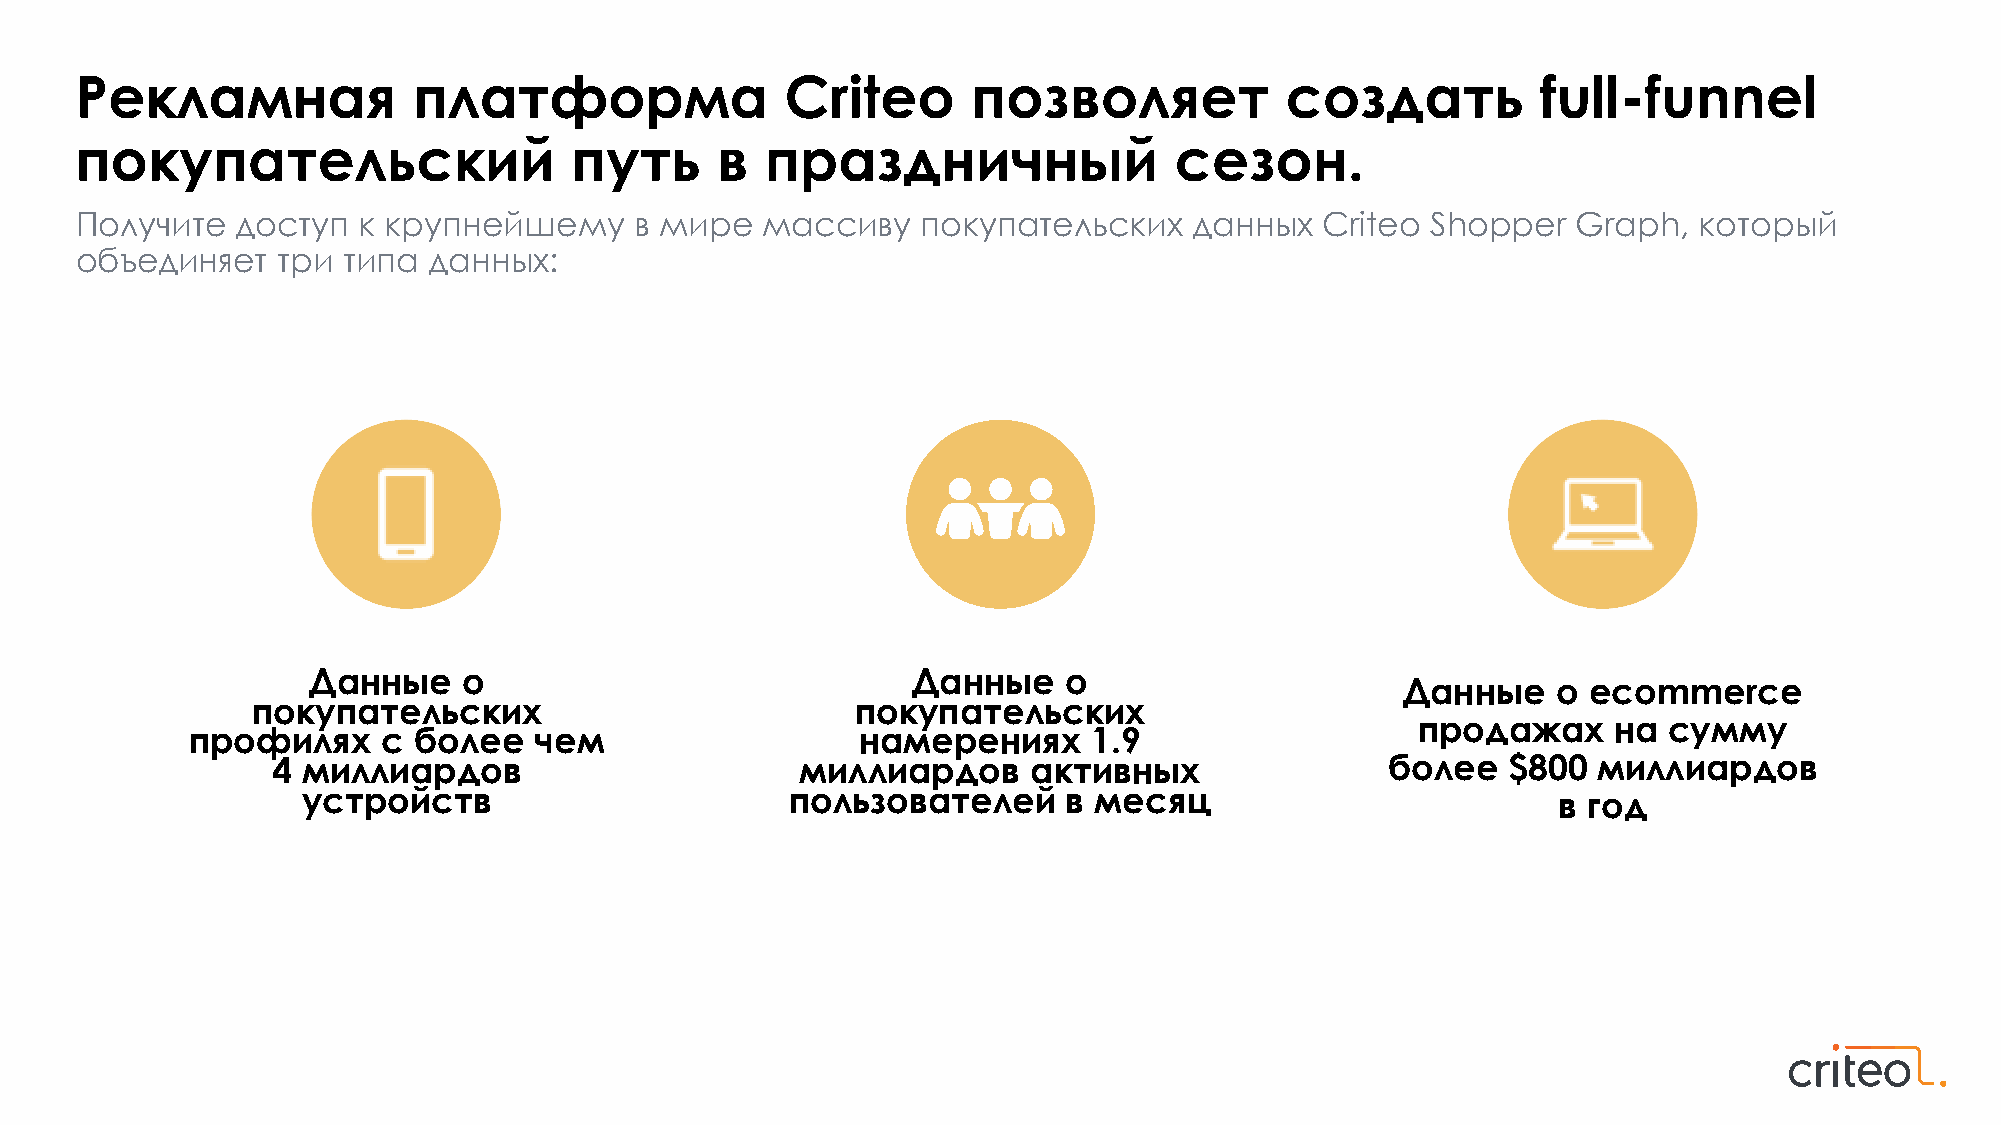
-funnel
 Рекламная             платформа                Criteo      позволяет            создать          full
 покупательский                   путь     в   праздничный                сезон.
 Получите   доступ  к крупнейшему     в мире  массиву    покупательских    данных   Criteo Shopper  Graph,  который
 объединяет   три  типа данных:
 Данные     о                            Данные    о                                  ecommerce
 Данные    о
 покупательских                          покупательских
 продажах     на сумму
 профилях    с более   чем                   намерениях     1.9
 4 миллиардов                       миллиардов     активных                более   $800  миллиардов
 устройств                       пользователей      в месяц                         в год